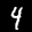
Label: 4